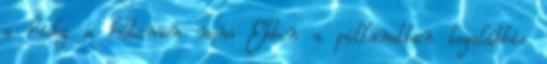
a hideg a hátamon nem Ebben a pillanatban legalábbis